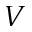
V